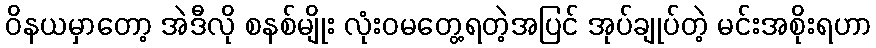
ဝိနယမှာတော့ အဲဒီလို စနစ်မျိုး လုံးဝမတွေ့ရတဲ့အပြင် အုပ်ချုပ်တဲ့ မင်းအစိုးရဟာ